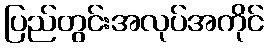
ပြည်တွင်းအလုပ်အကိုင်